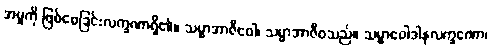
အမှုကို ဖြစ်စေခြင်းလက္ခဏာရှိ၏။ သမ္မာအာဇီဝေါ၊ သမ္မာအာဇီဝသည်။ သမ္မာဝေါဒါနလက္ခဏော၊